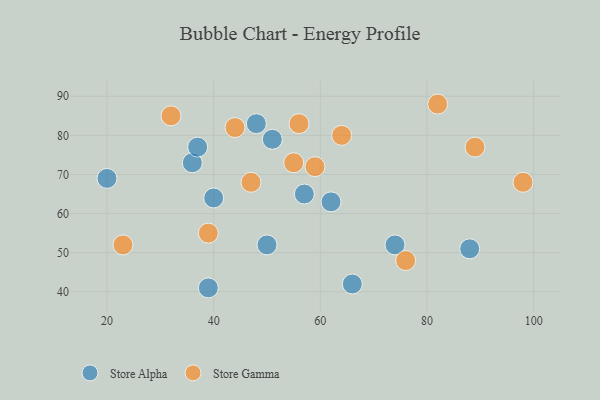
{"axis": {"x": "GDP", "y": "Life Expectancy"}, "legend": ["Store Alpha", "Store Gamma"], "data": [{"x": "66", "y": 42, "type": "Store Alpha"}, {"x": "88", "y": 51, "type": "Store Alpha"}, {"x": "51", "y": 79, "type": "Store Alpha"}, {"x": "50", "y": 52, "type": "Store Alpha"}, {"x": "40", "y": 64, "type": "Store Alpha"}, {"x": "36", "y": 73, "type": "Store Alpha"}, {"x": "20", "y": 69, "type": "Store Alpha"}, {"x": "48", "y": 83, "type": "Store Alpha"}, {"x": "74", "y": 52, "type": "Store Alpha"}, {"x": "39", "y": 41, "type": "Store Alpha"}, {"x": "57", "y": 65, "type": "Store Alpha"}, {"x": "62", "y": 63, "type": "Store Alpha"}, {"x": "37", "y": 77, "type": "Store Alpha"}, {"x": "32", "y": 85, "type": "Store Gamma"}, {"x": "82", "y": 88, "type": "Store Gamma"}, {"x": "76", "y": 48, "type": "Store Gamma"}, {"x": "39", "y": 55, "type": "Store Gamma"}, {"x": "56", "y": 83, "type": "Store Gamma"}, {"x": "44", "y": 82, "type": "Store Gamma"}, {"x": "98", "y": 68, "type": "Store Gamma"}, {"x": "59", "y": 72, "type": "Store Gamma"}, {"x": "64", "y": 80, "type": "Store Gamma"}, {"x": "23", "y": 52, "type": "Store Gamma"}, {"x": "89", "y": 77, "type": "Store Gamma"}, {"x": "47", "y": 68, "type": "Store Gamma"}, {"x": "55", "y": 73, "type": "Store Gamma"}]}